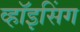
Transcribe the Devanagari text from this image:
व्हॉइसिंग